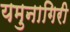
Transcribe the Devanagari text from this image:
यमुनागिरी